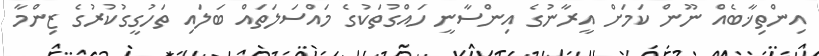
އިންތިޚާބެއް ނޫން ކަމަށް އީރާނުގެ އިންސާނީ ހައްގުތަކުގެ މައްސަލަތައް ބަލައި ތަހުގީގުކުރުގެ ޒިންމާ